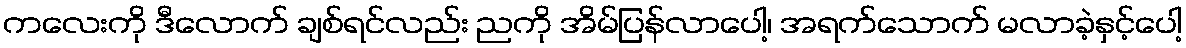
ကလေးကို ဒီလောက် ချစ်ရင်လည်း ညကို အိမ်ပြန်လာပေါ့၊ အရက်သောက် မလာခဲ့နှင့်ပေါ့